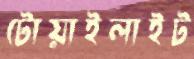
টোয়াইলাইট